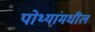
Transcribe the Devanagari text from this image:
पोथ्यांमधील